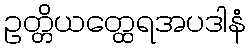
ဥတ္တိယတ္ထေရအပဒါနံ